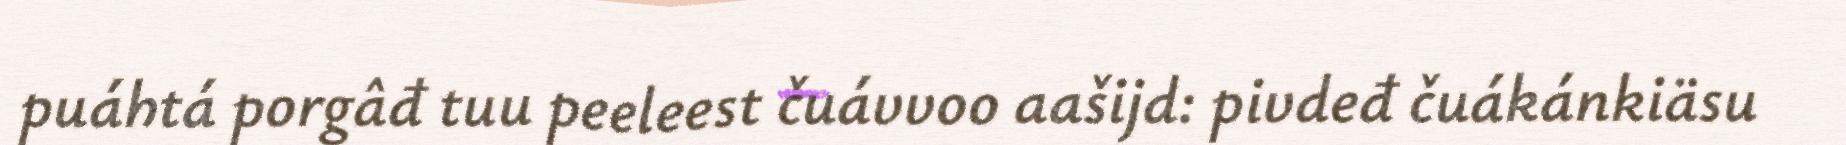
puáhtá porgâđ tuu peeleest čuávvoo aašijd: pivdeđ čuákánkiäsu